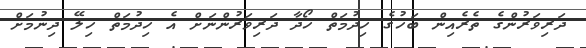
ދަރިވަރުންގެ ތެރެއިން ބަހުގެ ހިދުމަތް ހޯދާ ދަރިވަރުންނަށް އެ ހިދުމަތް ހިލޭ ދިނުމަށް